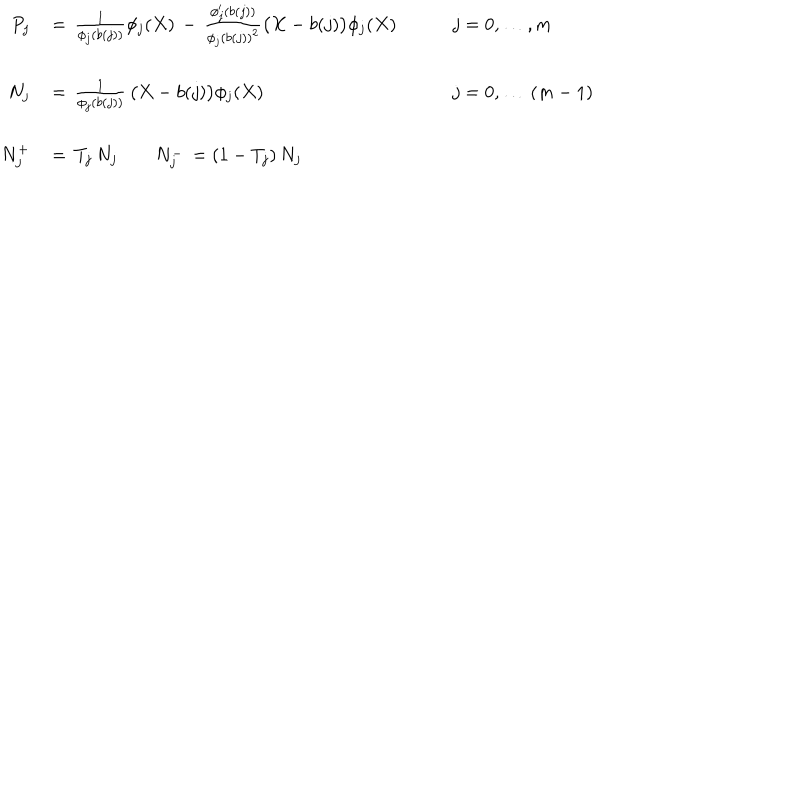
LaTeX: \begin{array} { r l l } { { P _ { j } \, } } & { { = \, \frac 1 { \phi _ { j } ( b ( j ) ) } \phi _ { j } ( X ) \, - \, \frac { \phi _ { j } ^ { \prime } ( b ( j ) ) } { \phi _ { j } ( b ( j ) ) ^ { 2 } } \bigl ( X - b ( j ) \bigr ) \phi _ { j } ( X ) \qquad } } & { { j = 0 , \ldots , m } } \\ { { } } & { { } } & { { } } \\ { { N _ { j } \, } } & { { = \, \frac 1 { \phi _ { j } ( b ( j ) ) } \, \bigl ( X - b ( j ) \bigr ) \phi _ { j } ( X ) \qquad } } & { { j = 0 , \ldots \, ( m - 1 ) } } \\ { { } } & { { } } & { { } } \\ { { N _ { j } ^ { + } \, } } & { { = \, T _ { j } \, N _ { j } \qquad N _ { j } ^ { - } \, = ( 1 - T _ { j } ) \, N _ { j } } } \\ \end{array}